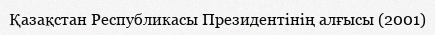
Қазақстан Республикасы Президентінің алғысы (2001)